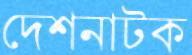
দেশনাটক